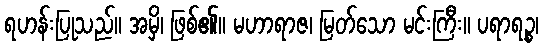
ရဟန်းပြုသည်။ အမှိ၊ ဖြစ်၏။ မဟာရာဇ၊ မြတ်သော မင်းကြီး။ ပရာရဉ္စ၊